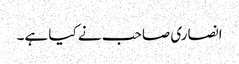
انصاری صاحب نے کیا ہے۔